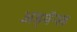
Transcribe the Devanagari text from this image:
अड्वॅन्स्ड